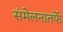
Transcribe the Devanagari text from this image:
संमेलनातर्फे